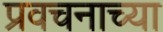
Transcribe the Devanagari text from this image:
प्रवचनाच्या